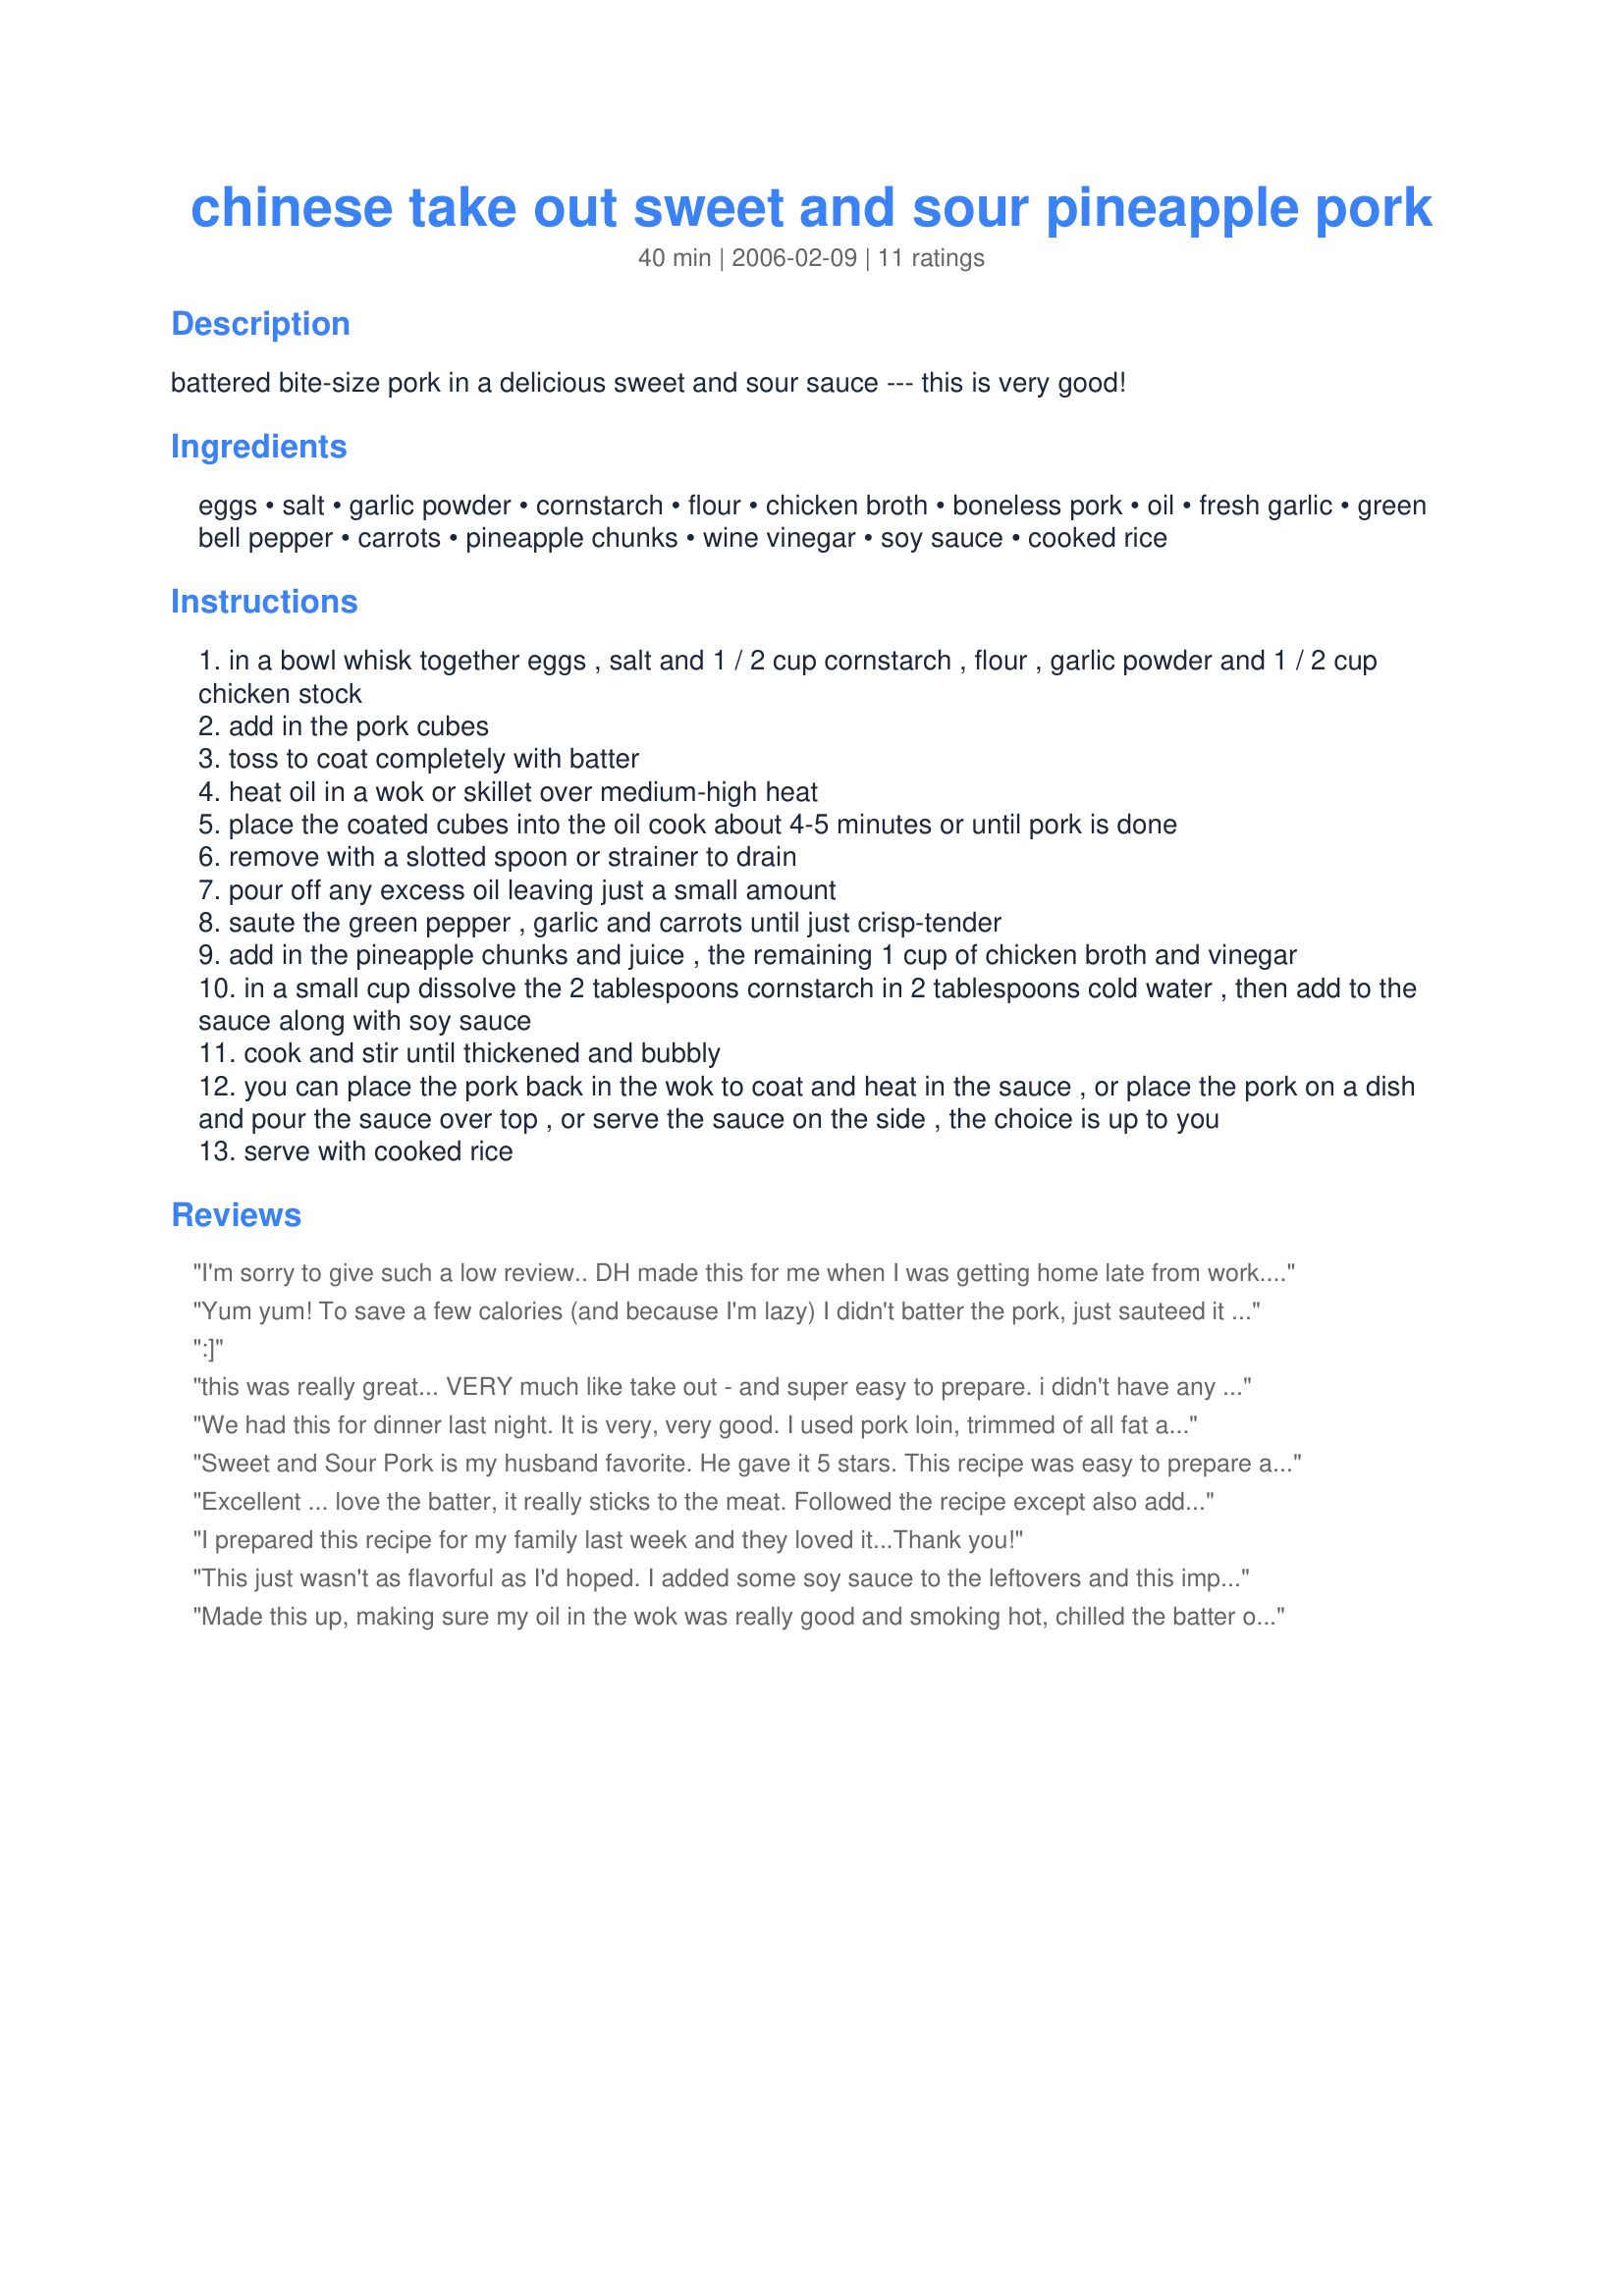
chinese take out sweet and sour pineapple pork
Preparation time: 40 minutes

battered bite-size pork in a delicious sweet and sour sauce --- this is very good!

Ingredients:
eggs, salt, garlic powder, cornstarch, flour, chicken broth, boneless pork, oil, fresh garlic, green bell pepper, carrots, pineapple chunks, wine vinegar, soy sauce, cooked rice

Steps:
in a bowl whisk together eggs , salt and 1 / 2 cup cornstarch , flour , garlic powder and 1 / 2 cup chicken stock
add in the pork cubes
toss to coat completely with batter
heat oil in a wok or skillet over medium-high heat
place the coated cubes into the oil cook about 4-5 minutes or until pork is done
remove with a slotted spoon or strainer to drain
pour off any excess oil leaving just a small amount
saute the green pepper , garlic and carrots until just crisp-tender
add in the pineapple chunks and juice , the remaining 1 cup of chicken broth and vinegar
in a small cup dissolve the 2 tablespoons cornstarch in 2 tablespoons cold water , then add to the sauce along with soy sauce
cook and stir until thickened and bubbly
you can place the pork back in the wok to coat and heat in the sauce , or place the pork on a dish and pour the sauce over top , or serve the sauce on the side , the choice is up to you
serve with cooked rice

Reviews:
I'm sorry to give such a low review.. DH made this for me when I was getting home late from work.. I just gave him the shopping list and let him loose...(maybe I chose a recipe a little beyond his kitchen skills?) ...did he use the wrong cut of pork? not hot enough oil ??? I don't know, but the meat was really tough and the sauce was too thick and sticky to be really nice. I might try again when he's in a better mood about pork as it's not this favourite meat and I'n trying hard to find recipes he will like. Obviously it turned out fabulously for the others so I will give this another go in the future. At least we tried. Please see my rating system, 3 stars :) Thanks !
Yum yum! To save a few calories (and because I'm lazy) I didn't batter the pork, just sauteed it with a little seasoning. I also used a bag of pre-mixed veggies I found in my freezer. Even making this the lazy way, it was delicious! It got my 4, 2, and 1 year old kids to eat their veggies! The sauce is just awesome-- definitely a keeper.
:]
this was really great... VERY much like take out - and super easy to prepare. i didn't have any cornstarch so i doubled the amounts of flour in both instances which worked just fine (im not sure what the difference might have been - so im not sure if i missed out on some extra awesomeness). i also didn't have any wine vinegar so i subbed some apple vinegar (also fine). this is definitely more on the sour side of sweet and sour (which we prefer) - people wanting a sweeter sauce should definitely opt for sweetened pineapple (i used unsweetened). i cut my pork into long thin strips instead of cubes because thats the way my favorite take out place does it. once the sauce was done i mixed the pork back in to coat it with the sauce... and served it with garlic rice. thanks so much for this recipe (i wish i had taken a picture but we devoured the whole thing before i had a chance)
We had this for dinner last night. It is very, very good. I used pork loin, trimmed of all fat and grissle. The pork was so tender. I did make half a recipe and it was much better than what we can get at the local Chinese restaurant. A definite keeper!!
Sweet and Sour Pork is my husband favorite. He gave it 5 stars.
This recipe was easy to prepare and I liked that it wasn't overly sweet. Made for tag a thon. 

Thanks Kittencal. 

Bullwinkle
Excellent ... love the batter, it really sticks to the meat. Followed the recipe except also added quartered onions and little plum sauce. It was perfect! Thanks for sharing.
I prepared this recipe for my family last week and they loved it...Thank you!
This just wasn't as flavorful as I'd hoped. I added some soy sauce to the leftovers and this improved the taste. Sorry, but it wasn't the hit I'd hoped for.
Made this up, making sure my oil in the wok was really good and smoking hot, chilled the batter over ice, and used a good tenderloin cut for the meat. Along with the vegetables from my garden and one can of pineapple this was stupendous!!! Better than what you get at any Chinese restaraunt...and no where near as greasy. Thank you for another great recipe Luv.
Kitz you have done it again with a winning recipe. I'm not real good at wok cooking, but this turned out very good for me. The instructions were perfect. I made half the recipe but the full recipe for the sauce ingredients. Love the sauce flavor. This is very versital becauce you could use any kind of vegetable for this. The pork, I used a 1 lb pork tenderloin, turned out very moist. The batter reminds me of a tempura batter. Just excellent my friend.
